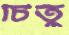
চিতু